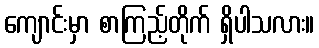
ကျောင်းမှာ စာကြည့်တိုက် ရှိပါသလား။